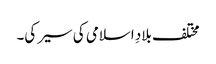
مختلف بلادِ اسلامی کی سیر کی۔